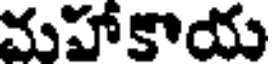
మహాకాయ